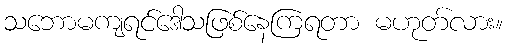
သဘောမကျရင်ဒေါသဖြစ်နေကြရတာ မဟုတ်လား။